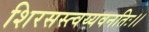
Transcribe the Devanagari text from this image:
शिरसस्त्वय्यवनतिः।।